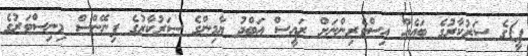
ޕީ)ގެ ސަރުކާރުގެ ބައެއް އިސްވެރިންނަށް ރައީސް ޢަބްދު ޔާމިންގެ ސަރުކާރުގެ ފިނޭންސް މިނިސްޓަރުގެ